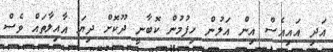
އަދި އައިއެސް އިން އަލުން ހިފުމުން ކޮބާނީ ދޫކޮށް ދިޔަ އާއިލާތައް ވެސް